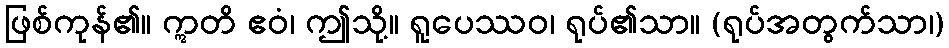
ဖြစ်ကုန်၏။ ဣတိ ဧဝံ၊ ဤသို့။ ရူပေဿဝ၊ ရုပ်၏သာ။ (ရုပ်အတွက်သာ၊)